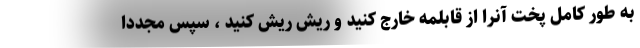
به طور کامل پخت آنرا از قابلمه خارج کنید و ریش ریش کنید ، سپس مجددا